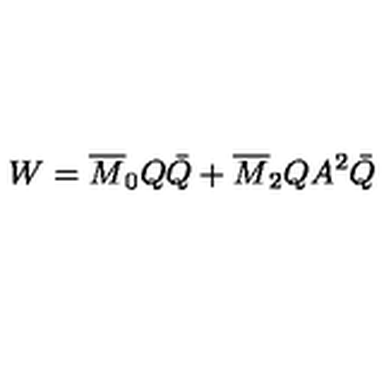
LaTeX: W = \overline { { M } } _ { 0 } Q \bar { Q } + \overline { { M } } _ { 2 } Q A ^ { 2 } \bar { Q }